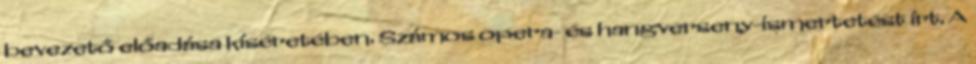
bevezető előadása kíséretében. Számos opera- és hangverseny-ismertetést írt. A